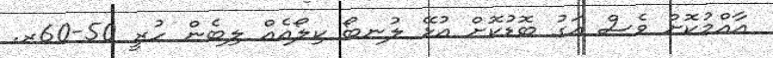
އާއްމުކޮށް ވެސް އަގު ބޮޑުކޮށް އުޅޭ ލުނބޯ ކިލޯއެއް ލިބެން ހުރީ 50-60ރ.